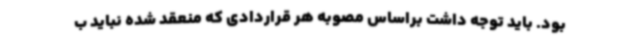
بود. باید توجه داشت براساس مصوبه هر قراردادی که منعقد شده نباید ب